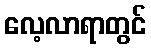
လေ့လာရာတွင်